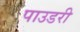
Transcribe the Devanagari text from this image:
पाउडरी